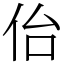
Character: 佁